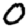
Digit: 0